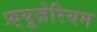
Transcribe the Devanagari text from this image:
फ़्यूज़ेरियम